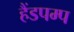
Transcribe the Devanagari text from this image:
हैंडपम्प